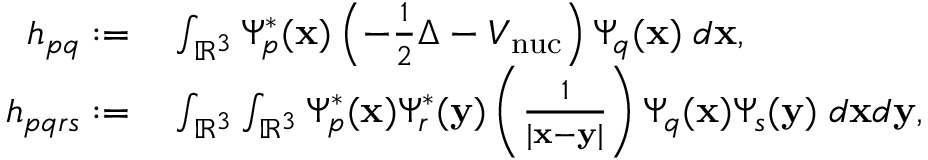
\begin{array} { r l } { h _ { p q } : = } & { { } \int _ { \mathbb { R } ^ { 3 } } \Psi _ { p } ^ { * } ( \mathbf { x } ) \left( - \frac { 1 } { 2 } \Delta - V _ { \mathrm { n u c } } \right) \Psi _ { q } ( \mathbf { x } ) \; d \mathbf { x } , } \\ { h _ { p q r s } : = } & { { } \int _ { \mathbb { R } ^ { 3 } } \int _ { \mathbb { R } ^ { 3 } } \Psi _ { p } ^ { * } ( \mathbf { x } ) \Psi _ { r } ^ { * } ( \mathbf { y } ) \left( \frac { 1 } { | \mathbf { x } - \mathbf { y } | } \right) \Psi _ { q } ( \mathbf { x } ) \Psi _ { s } ( \mathbf { y } ) \; d \mathbf { x } d \mathbf { y } , } \end{array}